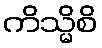
ကိသ္မိစိ